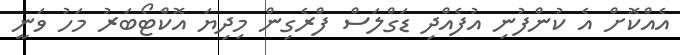
އެއްކޮށް އެ ކުންފުނި އުފެއްދި ޑަގްލަސް ފްރެގިން މިދިޔަ އޮކްޓޯބަރު މަހު ވަނީ